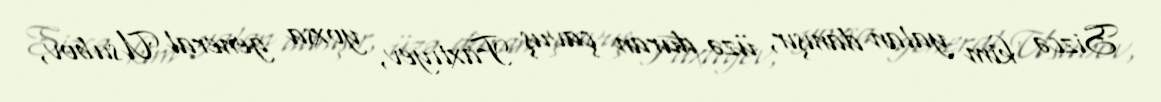
Sizcə kim yalan danışır, üzə duran çavuş Faxtıyev, yoxsa general Usubov,